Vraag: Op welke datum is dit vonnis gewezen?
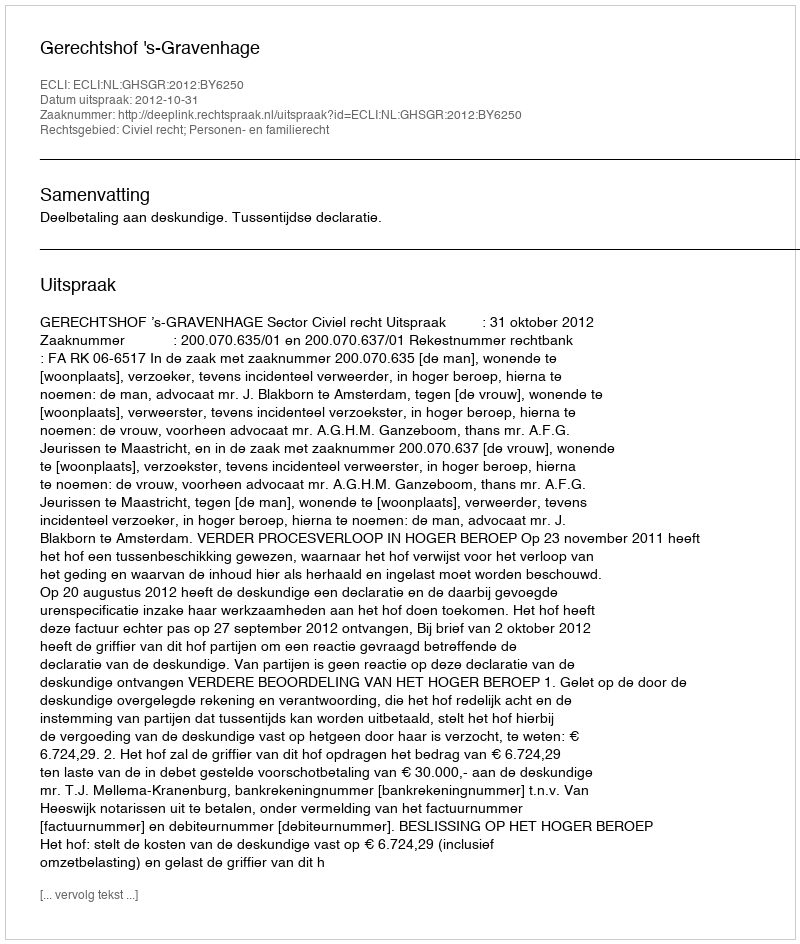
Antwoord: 2012-10-31